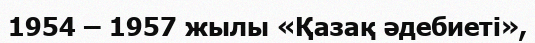
1954 – 1957 жылы «Қазақ әдебиеті»,